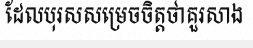
ដែលបុរសសម្រេចចិត្តថាគួរសាង